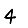
Digit: 4